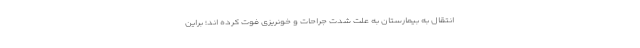
انتقال به بیمارستان به علت شدت جراحات و خونریزی فوت کرده اند؛ براین